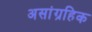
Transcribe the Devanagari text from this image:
असांग्रहिक